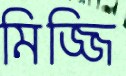
মিজ্জি